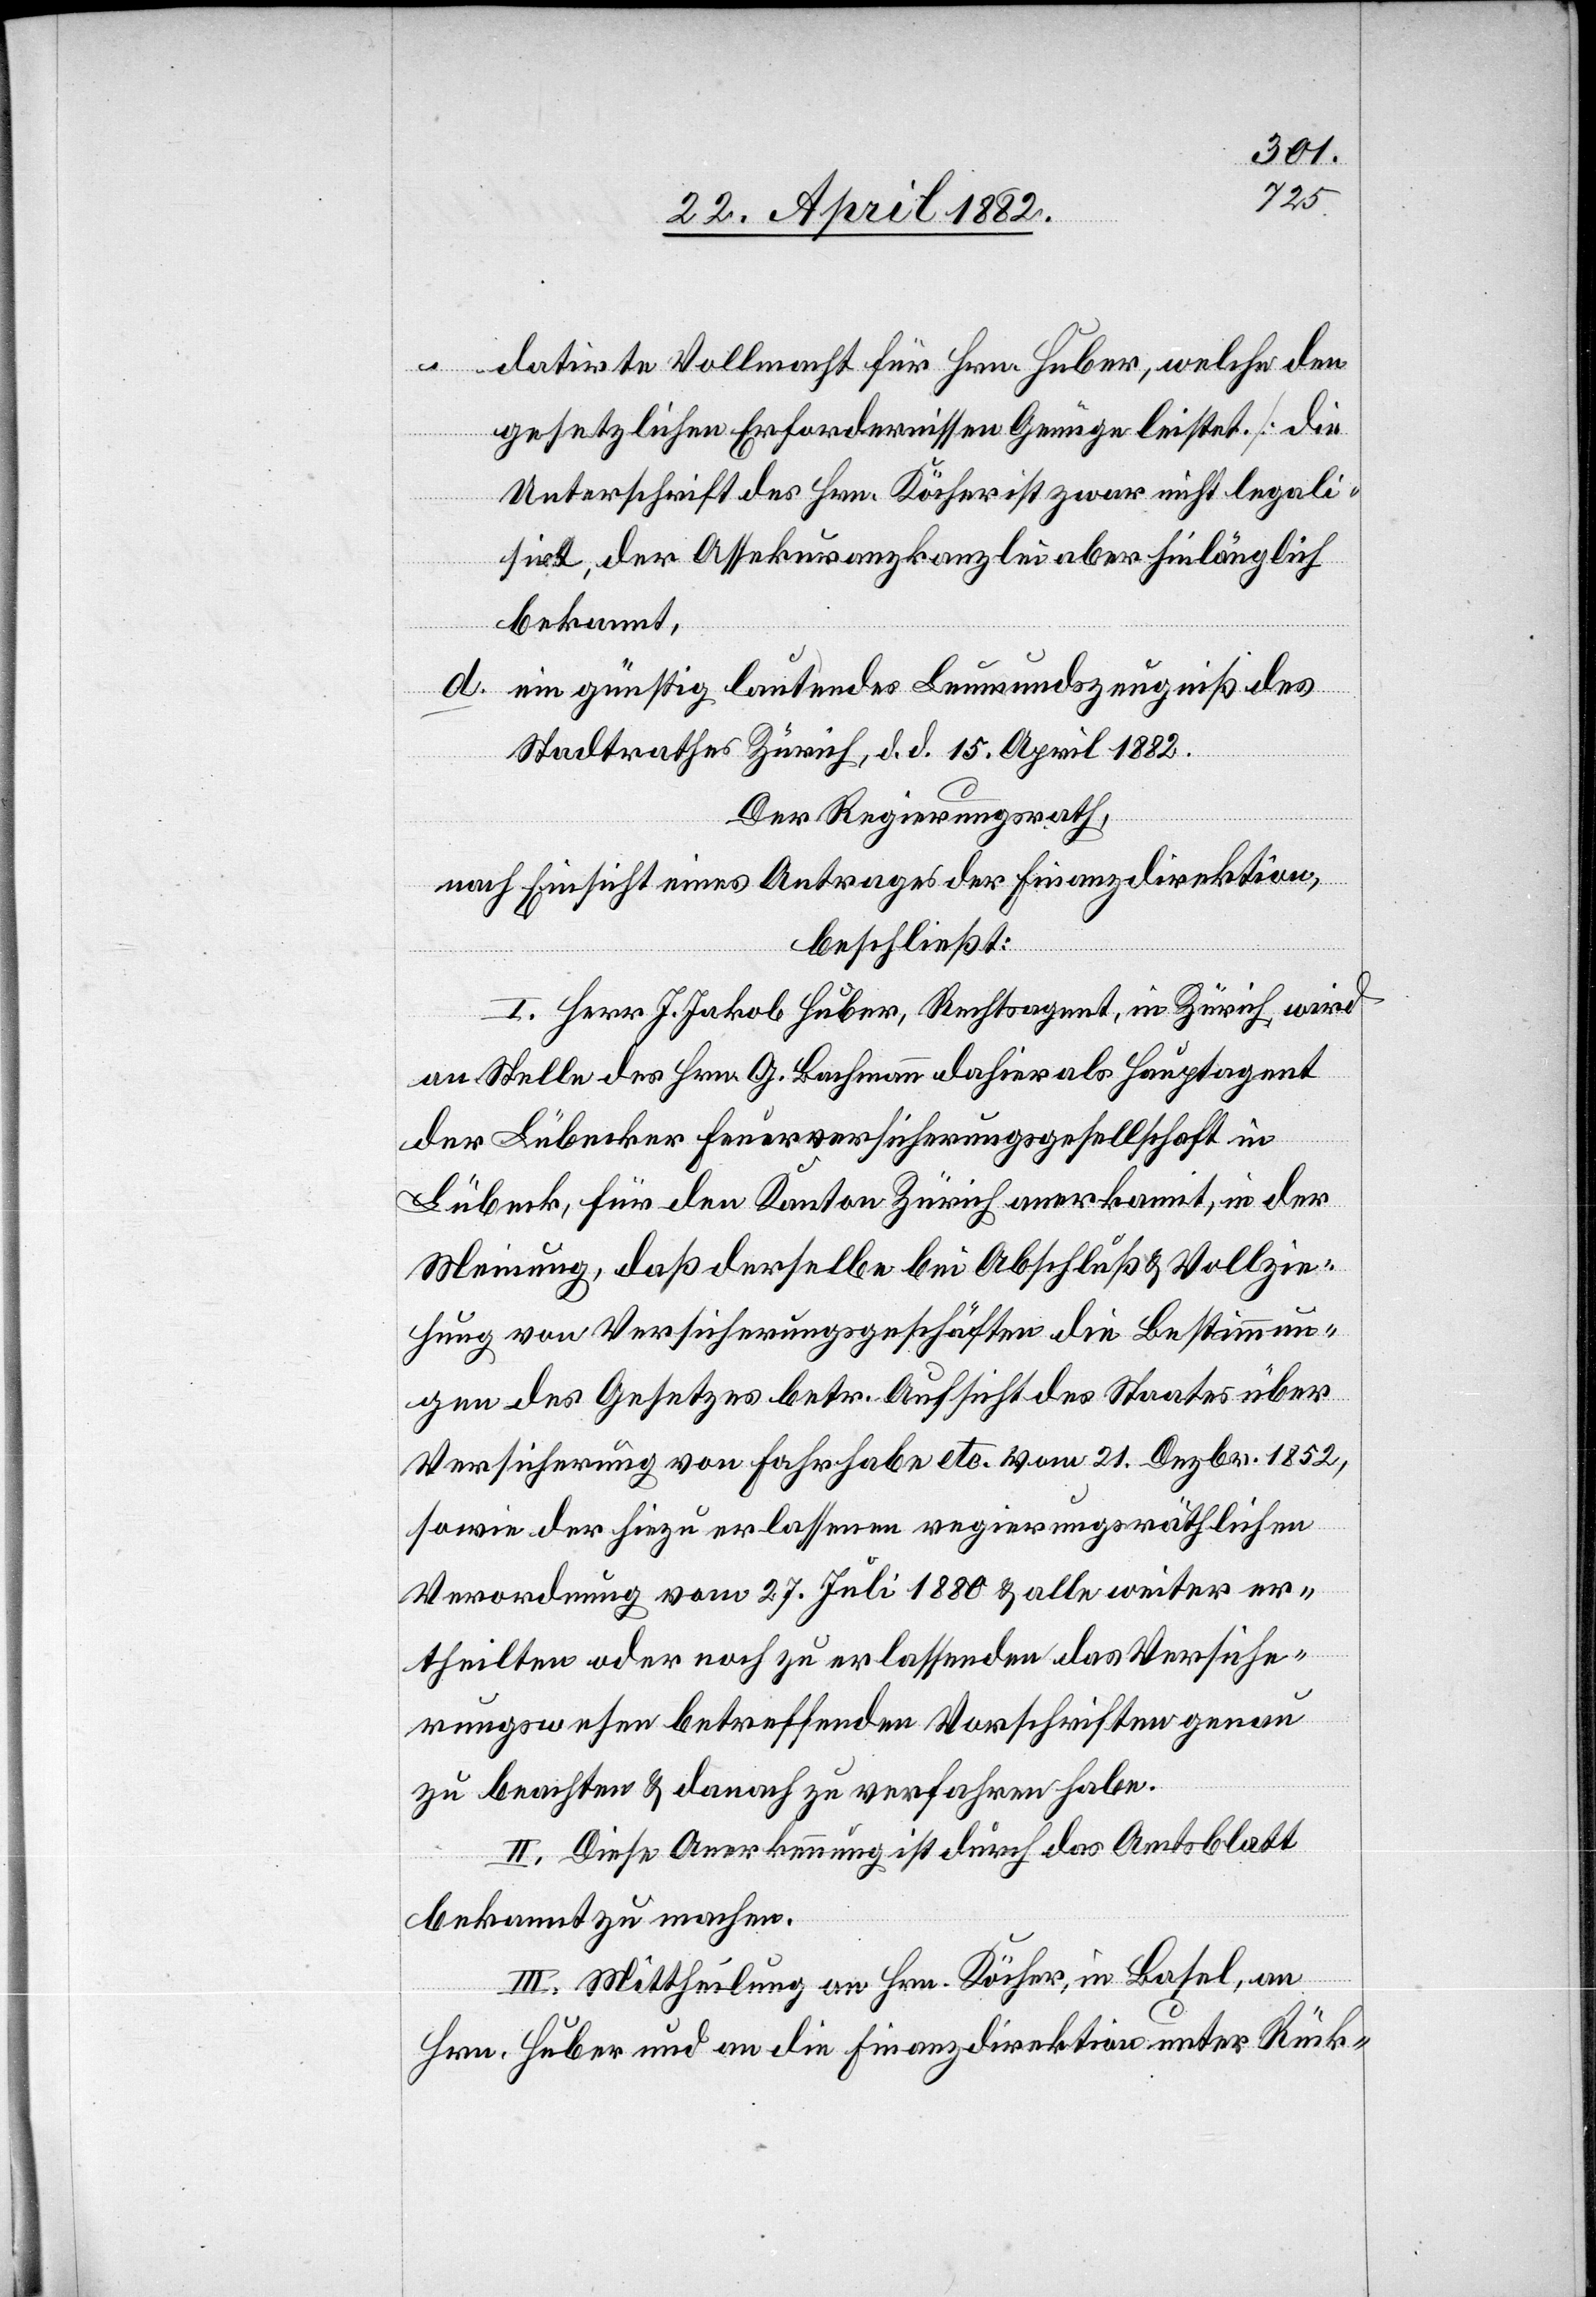
datierte Vollmacht für Hrn. Huber, welche den
gesetzlichen Erfordernissen Genüge leistet [die
Unterschrift des Hrn. Köcher ist zwar nicht legali¬
sirt, der Assekuranzkanzlei aber hinlänglich
d. ein günstig lautendes Leumundszeugniß des
Stadtrathes Zürich, d. d. 15. April 1882.
Der Regierungsrath,
nach Einsicht eines Antrages der Finanzdirektion,
beschließt:
I. Herr J. Jakob Huber, Rechtsagent, in Zürich, wird
an Stelle des Hrn. G. Bachmann dahier als Hauptagent
der Lübecker Feuerversicherungsgesellschaft in
Lübeck, für den Kanton Zürich anerkannt, in der
Meinung, daß derselbe bei Abschluß & Vollzie¬
hung von Versicherungsgeschäften die Bestimmun¬
gen des Gesetzes betr. Aufsicht des Staates über
Versicherung von Fahrhabe etc. vom 21. Dezbr. 1852,
sowie der hiezu erlassenen regierungsräthlichen
Verordnung vom 27. Juli 1880 & alle weiter er¬
theilten oder noch zu erlassenden das Versiche¬
rungswesen betreffenden Vorschriften genau
zu beachten & danach zu verfahren habe.
II. Diese Anerkennung ist durch das Amtsblatt
bekannt zu machen.
III. Mittheilung an Hrn. Köcher, in Basel, an
Hrn. Huber und an die Finanzdirektion unter Rück-